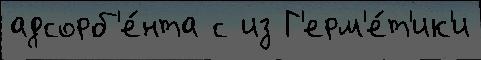
адсорб'е́нта с из Г'ерм'е́т'ик'и